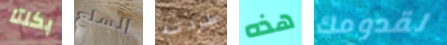
بكلتا السلع طردته هذه لقدومك